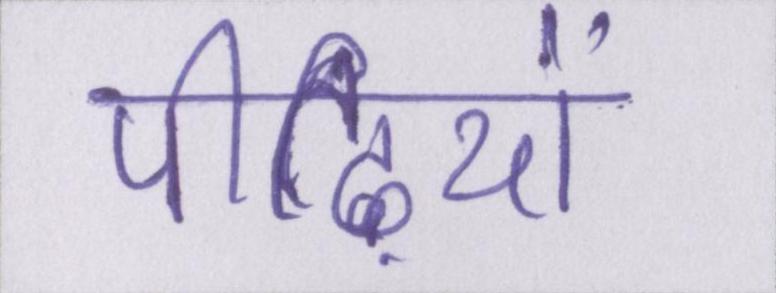
पीढ़ियों